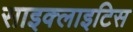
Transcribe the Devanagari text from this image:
साइक्लाइटिस